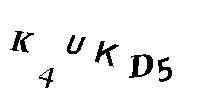
K4UKD5